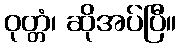
ဝုတ္တံ၊ ဆိုအပ်ပြီ။